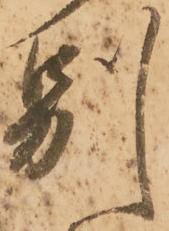
別